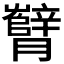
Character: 𬂘